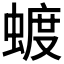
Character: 𮔦